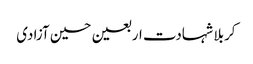
کربلا شہادت اربعین حسین آزادی